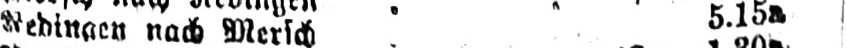
nach Mersch 5.15a